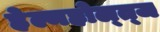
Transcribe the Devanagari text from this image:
हेल्महोल्त्ज